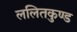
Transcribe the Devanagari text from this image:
ललितकुण्ड